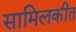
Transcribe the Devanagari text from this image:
सामिलकीत